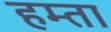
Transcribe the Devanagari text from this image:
हम्ता